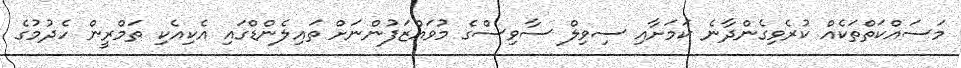
މަސައްކަތްތަކެއް ކުރެވިގެންދާނެ ކަމަށާއި ސިވިލް ސާވިސްގެ މުވައްޒަފުންނަށް ތައިލެންޑްގައި އެކިއެކި ތަމްރީން ހެދުމުގެ